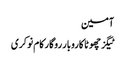
آمین
ٹیگزچھوٹا کاروبار روگار کام نوکری